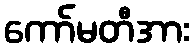
ကော်မတီအား